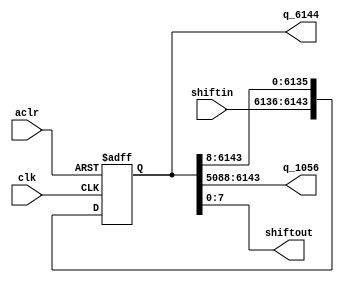
module shiftreg_6144(
	input aclr,
	input clk,
	input [7:0] shiftin,
	output [6143:0] q_6144,
	output [1055:0] q_1056,
	output [7:0] shiftout
							);
	
	reg [6143:0] mem;
	
	// async clear
	// Shift right by 8 bits every clock cycle
	always@(posedge clk or posedge aclr) begin
		if (aclr) begin
			mem <= 6144'b0;
		end
		else begin
			mem <= {shiftin, mem[6143:8]};
		end
	end
	
	assign q_6144 = mem;
	assign q_1056 = mem[6143:5088];
	assign shiftout = mem[7:0];
	
endmodule